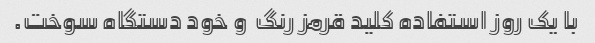
با یک روز استفاده کلید قرمز رنگ  و خود دستگاه سوخت.